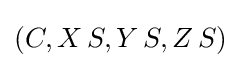
(C,X\,S,Y\,S,Z\,S)